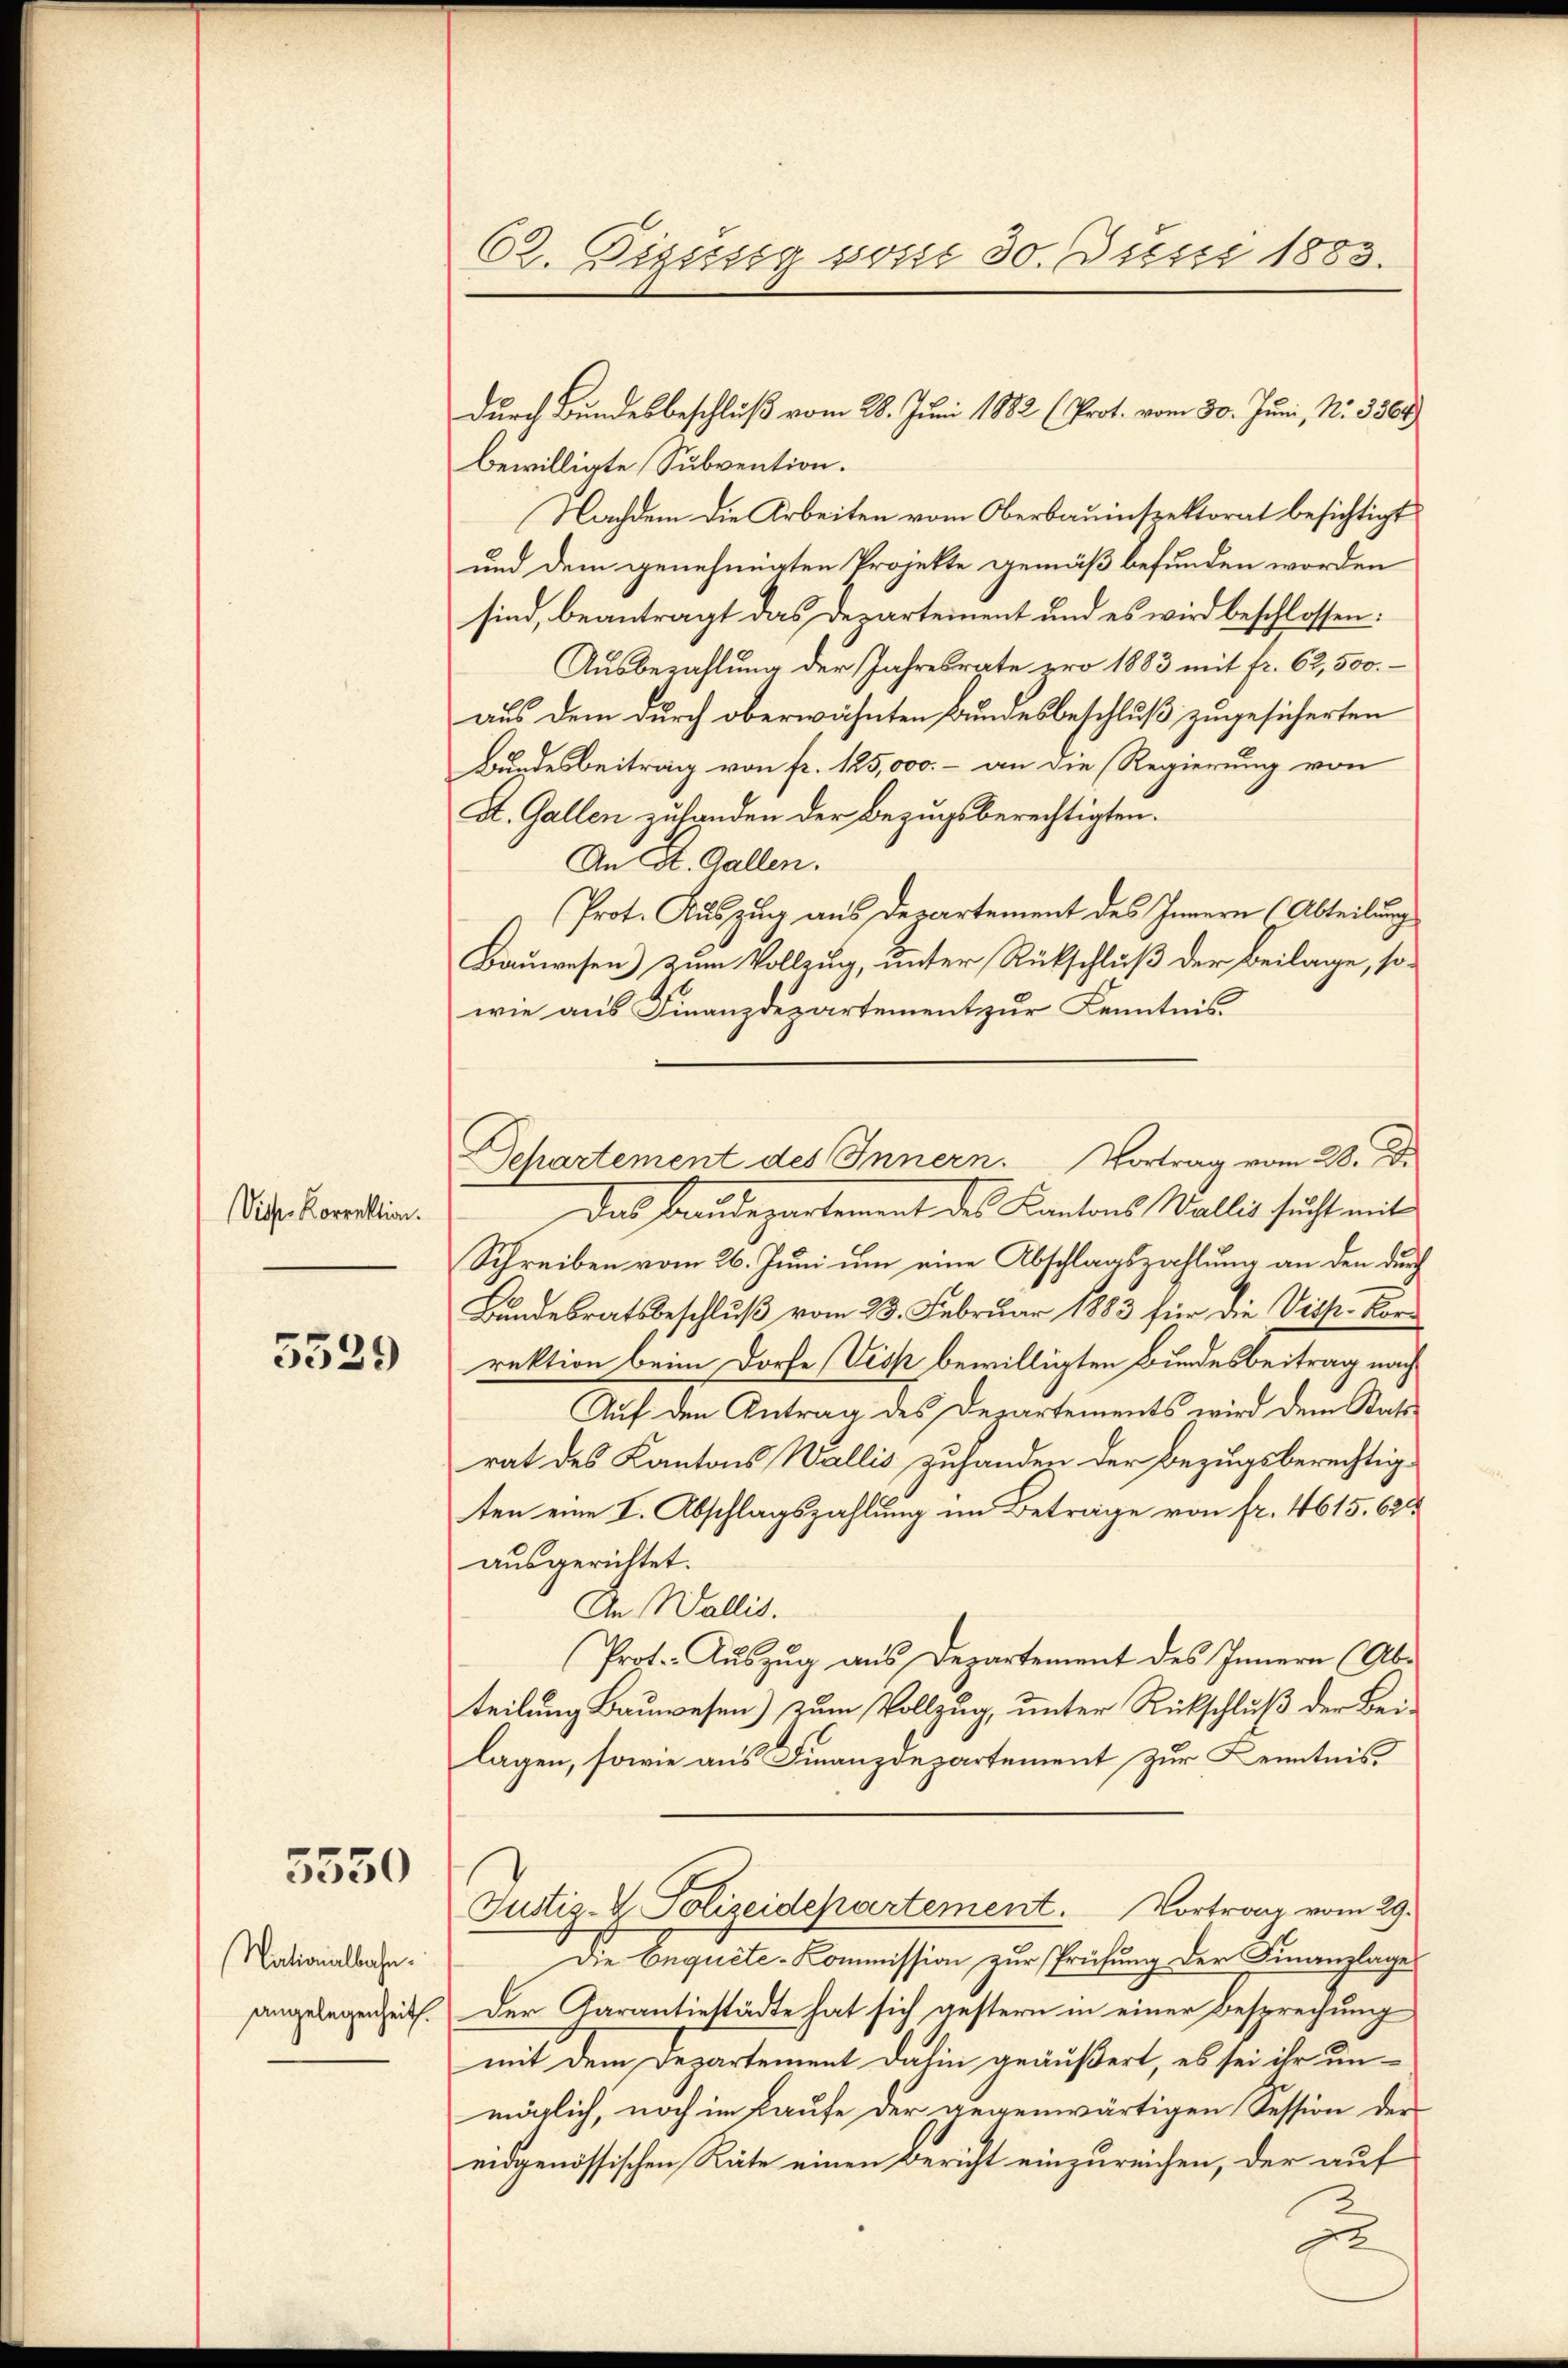
Viche Korrektion.

5339

5550

Nationalbahn.
angelegenheit.

62. Diesig ssosse 30. Justi 1883.

bewilligte Subvention.
Nachdem die Arbeiten vom Oberbauinspektorat besichtigt
und dem genehmigten Projekte gemäß befunden worden
sind, beantragt das Departement und es wird beschlossen:
Ausbezahlung der Jahresrate pro 1883 mit fr. 62,500.-
aus dem durch oberwähnten Bundesbeschluß zugesicherten
Bundesbeitrag von fr. 125,000.- an die Regierung von
A. Gallen zuhanden der Bezugsberechtigten.
An St. Gallen.
Prot. Auszug aus Departement des Innern (Abteilung
Bauwesen) zum Vollzug, unter Rückschluß der Beilage, sowie aus Finanzdepartement zur Kenntnis
Das Baudepartement des Kantons Wallis sucht mit
Schreiben vom 26. Juni um eine Abschlagszahlung an den durch
Bundesratsbeschluß vom 23. Februar 1883 für die Vich. Korrektion beim Dorfe (Viss bewilligten Bundesbeitrag nach
Auf den Antrag des Departements wird dem Stattrat des Kantons Wallis zuhanden der Bezugsberechtigten eine I. Abschlagszahlung im Beträge von fr. 4615. 620
ausgerichtet.
An Wallis.
Prot. Aŭszŭg aŭs Departement des Innern (Ab-
teilung Bauwesen) zum Vollzug, unter Rückschluß der Belagen, sowie aus Finanzdepartement zur Kenntnis,
Justiz- & Polizeidepartement. Vortrag vom 29.
Die Enquete-Kommission zur Prüfung der Finanzlage
Der Garantiestädte hat sich gestern in einer Besprechung
mit dem Departement dahin geäußert, es sei ihr unmöglich, noch im Kaufe der gegenwärtigen Session der
eidgenössischen Räte einen Bericht einzureichen, der auf
u

durch Bundesbeschluß vom 28. Juni 1882 (Prot. vom 30. Juni, Nr. 3364

Separtement des Innern. Vortrag vom 28. J.